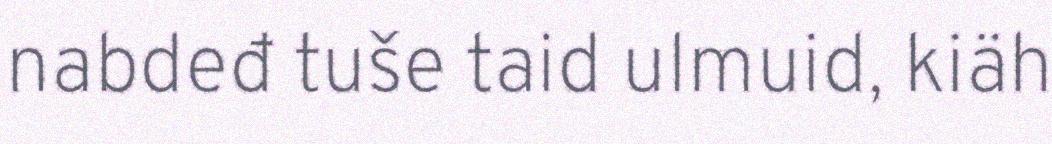
nabdeđ tuše taid ulmuid, kiäh